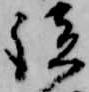
談